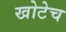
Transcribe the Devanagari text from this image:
खोटेच